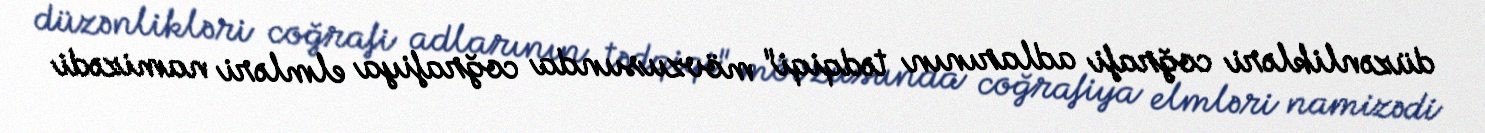
düzənlikləri coğrafi adlarının tədqiqi" mövzusunda coğrafiya elmləri namizədi